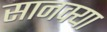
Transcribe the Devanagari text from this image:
सानक्या